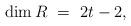
LaTeX: \begin{align*}\dim R\ =\ 2t-2,\end{align*}